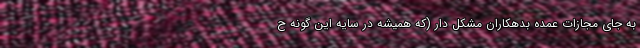
به جای مجازات عمده بدهکاران مشکل دار (که همیشه در سایه این گونه ح